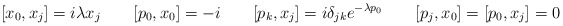
\begin{align*}[x_{0},x_{j}]=i\lambda x_{j}\qquad [p_{0},x_{0}]=-i \qquad[p_{k},x_{j}]=i\delta _{jk}e^{-\lambda p_{0}}\qquad[p_{j},x_{0}]=[p_{0},x_{j}]=0 \end{align*}